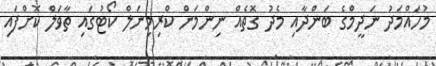
މުހައްމަދު ނަދީމްގެ ބަންދާއި މެދު ގޮތެއް ނިންމަން ކްރިމިނަލް ކޯޓުގައި ތާވަލް ކޮށްފައި